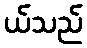
ယ်သည်